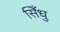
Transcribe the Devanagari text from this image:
सिँधु